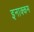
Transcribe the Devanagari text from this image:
इनाक्कम